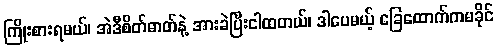
ကြိုးစားရမယ်၊ အဲဒီစိတ်ဓာတ်နဲ့ အားခဲပြီးငါထတယ်၊ ဒါပေမယ့် ခြေထောက်ကမခိုင်